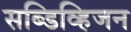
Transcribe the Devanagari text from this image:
सब्डिव्हिजन